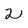
Character: 2